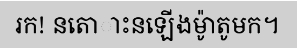
រក! នតោាះនឡើងម៉ូាតូមក។